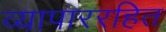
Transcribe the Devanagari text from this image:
व्यापाररहित